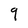
Character: 9